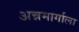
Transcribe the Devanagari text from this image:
अन्नमार्गाला